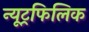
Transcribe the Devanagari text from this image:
न्यूट्रफिलिक